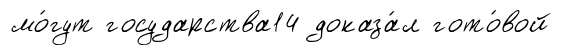
мо́гут государства14 доказа́л гото́вой